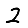
Digit: 2